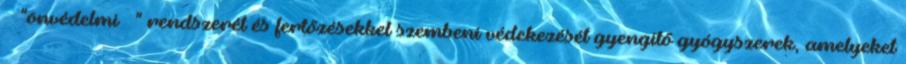
"önvédelmi " rendszerét és fertőzésekkel szembeni védekezését gyengítő gyógyszerek, amelyeket